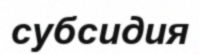
субсидия